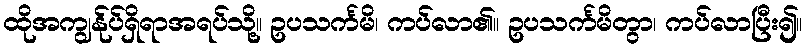
ထိုအကျွန်ုပ်ရှိရာအရပ်သို့။ ဥပသင်္ကမိ၊ ကပ်လာ၏။ ဥပသင်္ကမိတွာ၊ ကပ်လာပြီး၍။